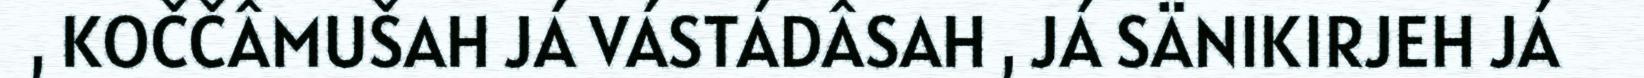
, KOČČÂMUŠAH JÁ VÁSTÁDÂSAH , JÁ SÄNIKIRJEH JÁ